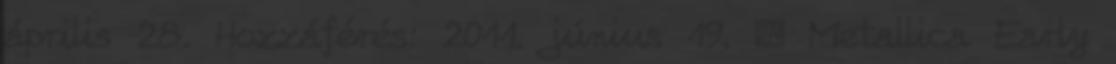
április 28. Hozzáférés: 2011. június 19. ↑ Metallica Early